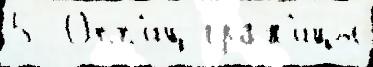
5  Опп'иц гран'и́цы